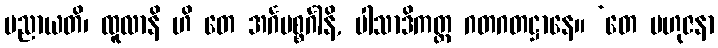
ပညာယတိ၊ ထူလာနိ ဟိ တေ အင်္ဂပစ္စင်္ဂါနိ, ပါသာဒိကတ္ထ ဂတဂတဋ္ဌာနေ။ ‘တေ ဗဟုဇနာ